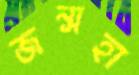
জন্সহা